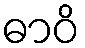
ဓာဝိ